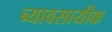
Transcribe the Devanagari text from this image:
ब्यावसायीक